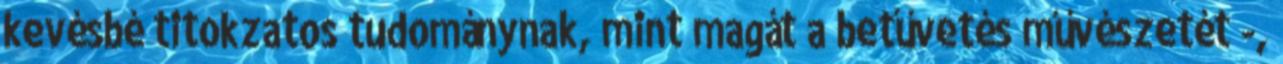
kevésbé titokzatos tudománynak, mint magát a betűvetés művészetét -,